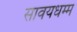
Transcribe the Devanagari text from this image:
सावयधम्म